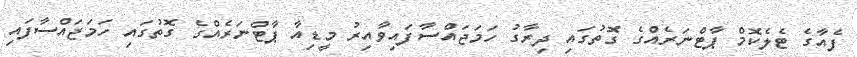
ފެއާގެ ޓެލެކޮމް ޕާޓްނަރެއްގެ ގޮތުގައި ދިރާގު ހަމަޖައްސާފައިވާއިރު މީޑިއާ ޕާޓްނަރެއްގެ ގޮތުގައި ހަމަޖައްސާފައި